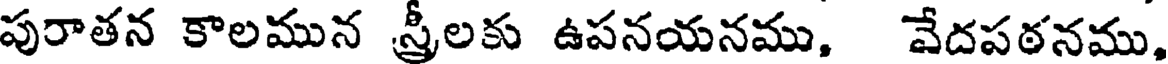
పురాతన కాలమున స్రీలకు ఉపనయనము, వేదపఠనము,